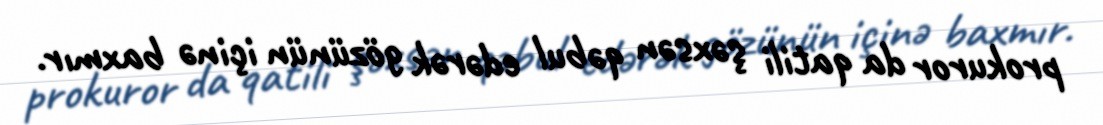
prokuror da qatili şəxsən qəbul edərək gözünün içinə baxmır.